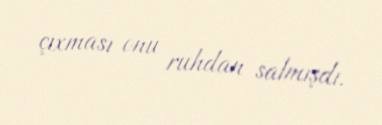
çıxması onu ruhdan salmışdı.